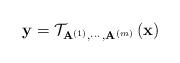
LaTeX: \begin{align*}\mathbf{y}=\mathcal{T}_{\mathbf{A}^{(1)},\cdots,\mathbf{A}^{(m)}}\left(\mathbf{x}\right)\end{align*}